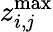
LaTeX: z_{i,\mathit{j}}^{\operatorname*{max}}